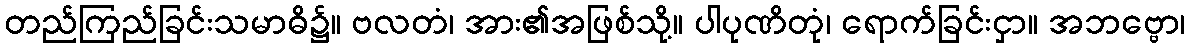
တည်ကြည်ခြင်းသမာဓိ၌။ ဗလတံ၊ အား၏အဖြစ်သို့။ ပါပုဏိတုံ၊ ရောက်ခြင်းငှာ။ အဘဗ္ဗော၊